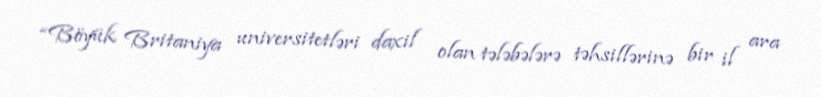
“Böyük Britaniya universitetləri daxil olan tələbələrə təhsillərinə bir il ara